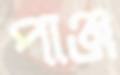
পাঞ্জ